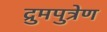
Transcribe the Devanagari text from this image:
द्रुमपुत्रेण